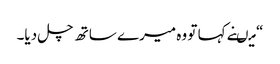
“ میںنے کہا تو وہ میرے ساتھ چل دیا۔